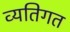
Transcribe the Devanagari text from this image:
व्‍यतिगत